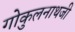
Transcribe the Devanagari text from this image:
गोकुलनाथजी